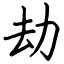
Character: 劫